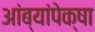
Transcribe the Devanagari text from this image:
आंब्यांपेक्षा